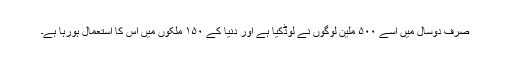
صرف دوسال میں اسے ۵۰۰ ملین لوگوں نے لوڈکیا ہے اور دنیا کے ۱۵۰ ملکوں میں اس کا استعمال ہورہا ہے۔